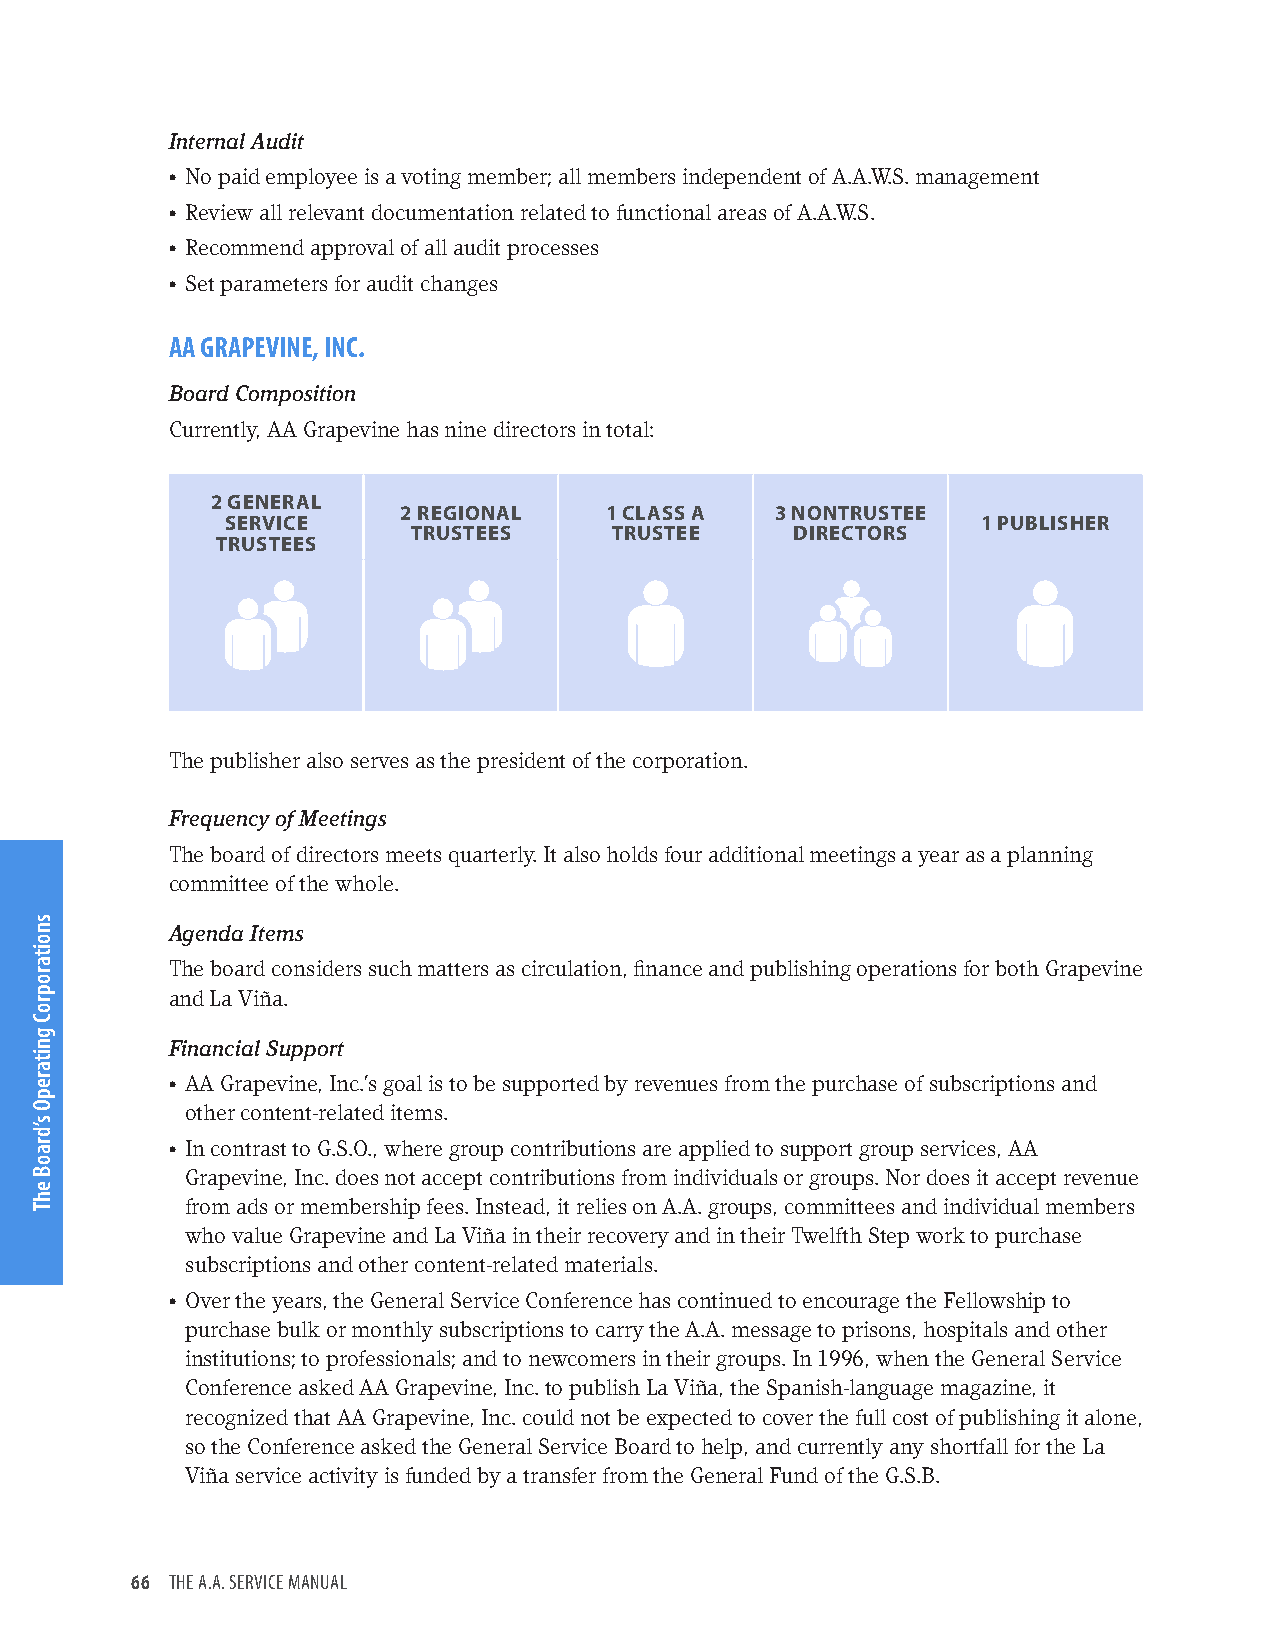
Internal Audit
 • No paid employee is a voting member; all members independent of A.A.W.S. management
 • Review all relevant documentation related to functional areas of A.A.W.S.
 • Recommend approval of all audit processes
 • Set parameters for audit changes
 AA GRAPEVINE, INC.
 Board Composition
 Currently, AA Grapevine has nine directors in total:
 2 GENERAL
 2 REGIONAL   1 CLASS A  3 NONTRUSTEE
 SERVICE                                           1 PUBLISHER
 TRUSTEES     TRUSTEE      DIRECTORS
 TRUSTEES
 The publisher also serves as the president of the corporation.
 Frequency of Meetings
 The board of directors meets quarterly. It also holds four additional meetings a year as a planning
 committee of the whole.
 Agenda Items
 The board considers such matters as circulation, finance and publishing operations for both Grapevine
 and La Viña.
 Financial Support
 • AA Grapevine, Inc.’s goal is to be supported by revenues from the purchase of subscriptions and
 other content-related items.
 • In contrast to G.S.O., where group contributions are applied to support group services, AA
 Grapevine, Inc. does not accept contributions from individuals or groups. Nor does it accept revenue
 from ads or membership fees. Instead, it relies on A.A. groups, committees and individual members
 who value Grapevine and La Viña in their recovery and in their Twelfth Step work to purchase
 subscriptions and other content-related materials.
 • Over the years, the General Service Conference has continued to encourage the Fellowship to
 purchase bulk or monthly subscriptions to carry the A.A. message to prisons, hospitals and other
 institutions; to professionals; and to newcomers in their groups. In 1996, when the General Service
 Conference asked AA Grapevine, Inc. to publish La Viña, the Spanish-language magazine, it
 recognized that AA Grapevine, Inc. could not be expected to cover the full cost of publishing it alone,
 so the Conference asked the General Service Board to help, and currently any shortfall for the La
 Viña service activity is funded by a transfer from the General Fund of the G.S.B.
 66 THE A.A. SERVICE MANUAL
 snoitaroproC
 gnitarepO
 s’draoB
 ehT